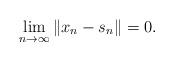
LaTeX: \begin{align*} \lim_{n\rightarrow\infty}\left\|x_{n}-s_{n}\right\|=0. \end{align*}